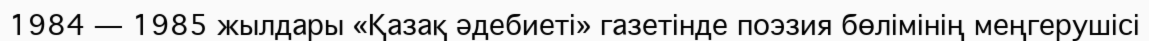
1984 — 1985 жылдары «Қазақ әдебиеті» газетінде поэзия бөлімінің меңгерушісі